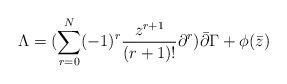
LaTeX: \begin{align*}\Lambda =(\sum_{r=0}^{N} (-1)^r \frac{z^{r+1}}{(r+1)!} \partial^r )\bar \partial \Gamma + \phi (\bar z )\end{align*}